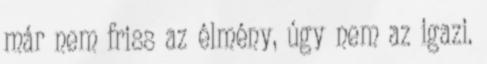
már nem friss az élmény, úgy nem az igazi.